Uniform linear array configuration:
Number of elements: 4
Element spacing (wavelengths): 1
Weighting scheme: kaiser
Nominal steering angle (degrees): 45
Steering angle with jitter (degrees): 45.103
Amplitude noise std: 0.05
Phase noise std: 0.05

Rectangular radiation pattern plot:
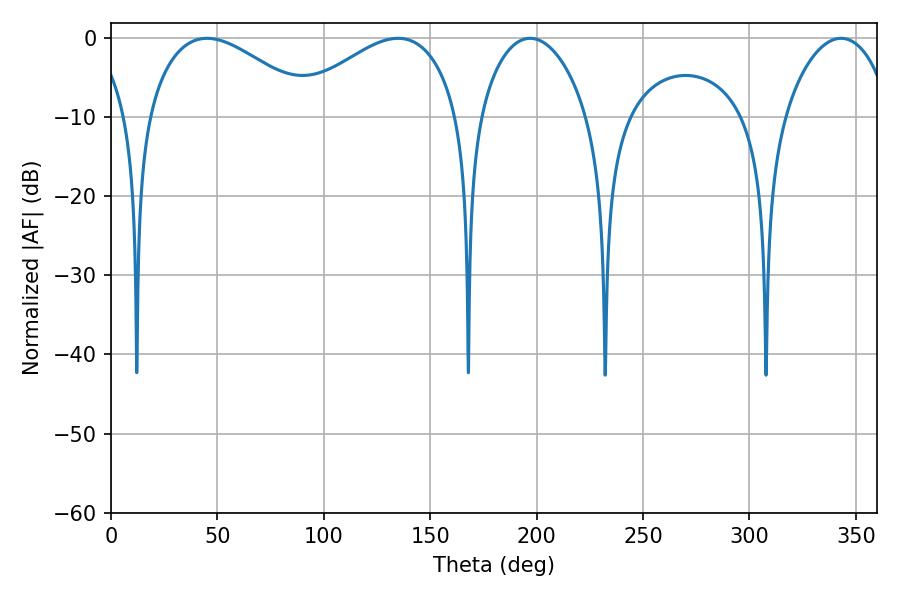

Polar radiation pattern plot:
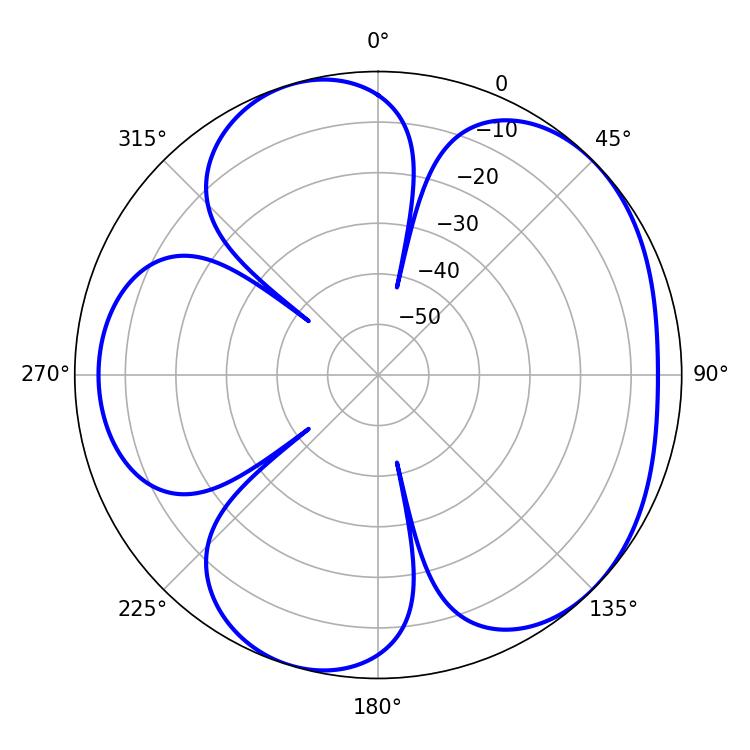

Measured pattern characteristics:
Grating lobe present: TRUE
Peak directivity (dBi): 4.98
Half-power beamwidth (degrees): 28.8
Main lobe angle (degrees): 196.92